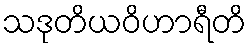
သဒုတိယဝိဟာရီတိ